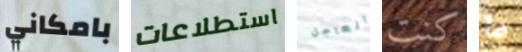
بامكاني استطلاعات العاجل كنت ما